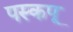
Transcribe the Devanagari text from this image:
पस्कपू